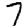
Digit: 7